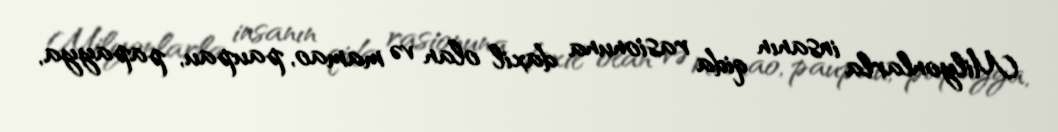
Milyonlarla insanın qida rasionuna daxil olan və mamao, paupau, papayya,